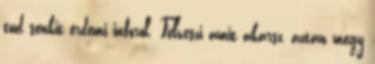
tud senkit érdemi infóról. Felveszi amit akarsz, aztán megy